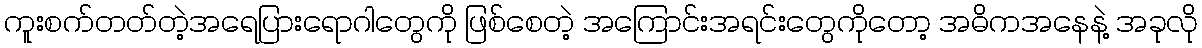
ကူးစက်တတ်တဲ့အရေပြားရောဂါတွေကို ဖြစ်စေတဲ့ အကြောင်းအရင်းတွေကိုတော့ အဓိကအနေနဲ့ အခုလို